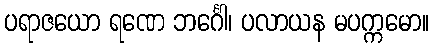
ပရာဇယော ရဏေ ဘင်္ဂေါ၊ ပလာယန မပက္ကမော။